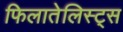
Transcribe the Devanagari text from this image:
फिलातेलिस्ट्स